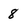
Character: 8